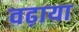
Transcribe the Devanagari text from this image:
वढ़ाया